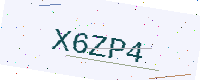
Text: X6ZP4